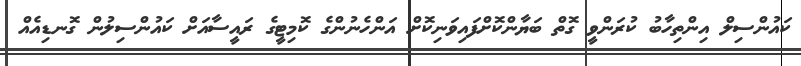
ކައުންސިލް އިންތިހާބު ކުރަންވީ ގޮތް ބަޔާންކޮށްފައިވަނިކޮށް އަންހެނުންގެ ކޮމިޓީގެ ރައީސާއަށް ކައުންސިލުން ގޮނޑިއެއް